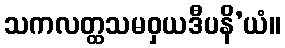
သကလတ္ထသမဝှယဒီပနိ’ယံ။